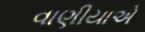
વાણીયાએ